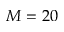
M = 2 0